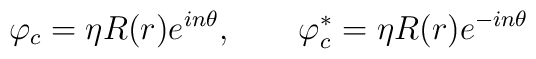
\varphi_c=\eta R(r) e^{in\theta}, \qquad\varphi_c^\ast =\eta R(r) e^{-in\theta}